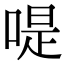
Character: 㖷